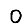
Digit: 0